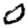
Digit: 0